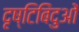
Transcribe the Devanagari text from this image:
दृष्टिबिंदुओं